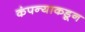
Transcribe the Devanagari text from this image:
कंपन्याकडून